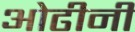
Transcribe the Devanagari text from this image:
ओढीनी